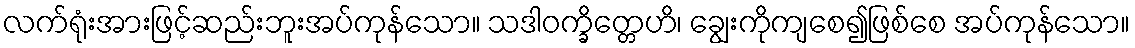
လက်ရုံးအားဖြင့်ဆည်းဘူးအပ်ကုန်သော။ သဒါဝက္ခိတ္တေဟိ၊ ချွေးကိုကျစေ၍ဖြစ်စေ အပ်ကုန်သော။